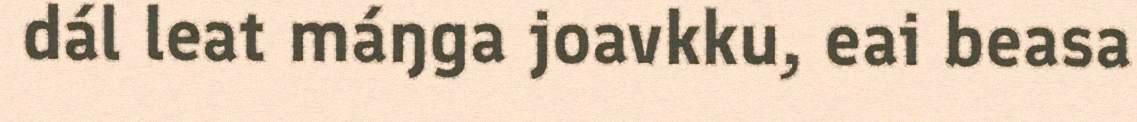
dál leat máŋga joavkku, eai beasa